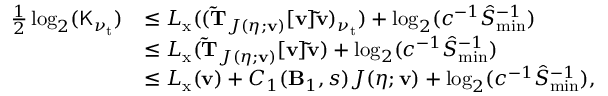
\begin{array} { r l } { \frac { 1 } { 2 } \log _ { 2 } ( \mathsf { K } _ { \nu _ { \mathrm { t } } } ) } & { \leq L _ { \mathrm { x } } ( ( \mathbf { \tilde { T } } _ { J ( \eta ; \mathbf { v } ) } [ \mathbf { v } ] \mathbf { \tilde { v } } ) _ { \nu _ { \mathrm { t } } } ) + \log _ { 2 } ( c ^ { - 1 } \hat { S } _ { \operatorname* { m i n } } ^ { - 1 } ) } \\ & { \leq L _ { \mathrm { x } } ( \mathbf { \tilde { T } } _ { J ( \eta ; \mathbf { v } ) } [ \mathbf { v } ] \mathbf { \tilde { v } } ) + \log _ { 2 } ( c ^ { - 1 } \hat { S } _ { \operatorname* { m i n } } ^ { - 1 } ) } \\ & { \leq L _ { \mathrm { x } } ( \mathbf { v } ) + C _ { 1 } ( \mathbf { B } _ { 1 } , s ) J ( \eta ; \mathbf { v } ) + \log _ { 2 } ( c ^ { - 1 } \hat { S } _ { \operatorname* { m i n } } ^ { - 1 } ) , } \end{array}